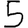
Digit: 5